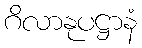
ဂိလာနုပဋ္ဌာနံ